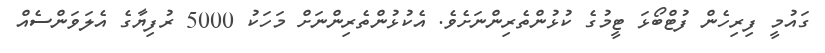
ގައުމީ ފިރިހެން ފުޓްބޯޅަ ޓީމުގެ ކުޅުންތެރިންނަށެވެ. އެކުޅުންތެރިންނަށް މަހަކު 5000 ރުފިޔާގެ އެލަވަންސެއް